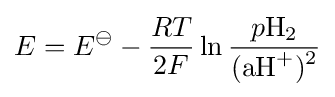
E=E^{\ominus }-{\frac {RT}{2F}}\ln {\frac {p{{\ce {H2}}}}{{\ce {(aH+)^2}}}}